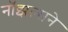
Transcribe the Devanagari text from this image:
नॉझल्सने